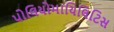
પોલિયોમાયિલિટિસ